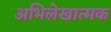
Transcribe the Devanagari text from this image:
अभिलेखात्मक